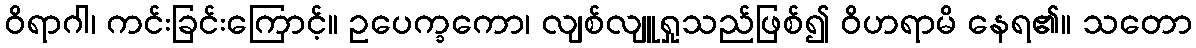
ဝိရာဂါ၊ ကင်းခြင်းကြောင့်။ ဥပေက္ခကော၊ လျစ်လျူရှုသည်ဖြစ်၍ ဝိဟရာမိ နေရ၏။ သတော